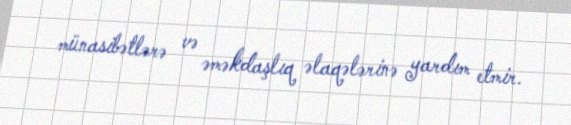
münasibətlərə və əməkdaşlıq əlaqələrinə yardım etmir.